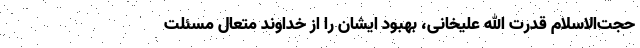
حجت‌الاسلام قدرت الله علیخانی، بهبود ایشان را از خداوند متعال مسئلت